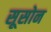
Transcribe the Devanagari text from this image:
सूसोन